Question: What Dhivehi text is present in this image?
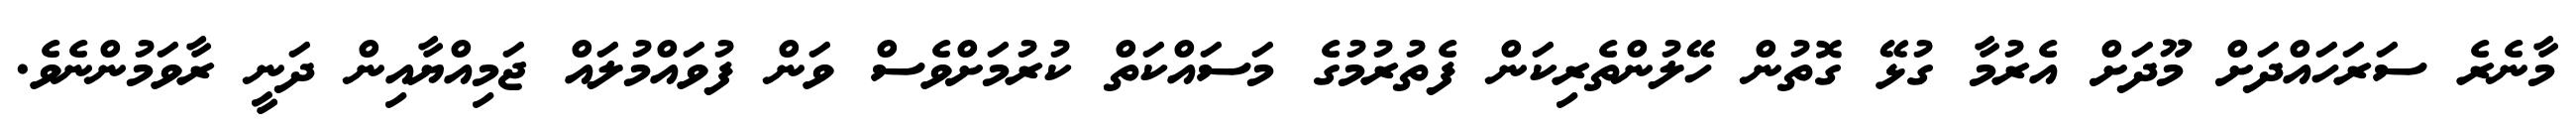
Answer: މާނެރެ ސަރަހައްދަށް މޫދަށް އެރުމާ ގުޅޭ ގޮތުން ހޭލުންތެރިކަން ފެތުރުމުގެ މަސައްކަތް ކުރުމަށްވެސް ވަން ފުވައްމުލައް ޖަމިއްޔާއިން ދަނީ ރާވަމުންނެވެ.